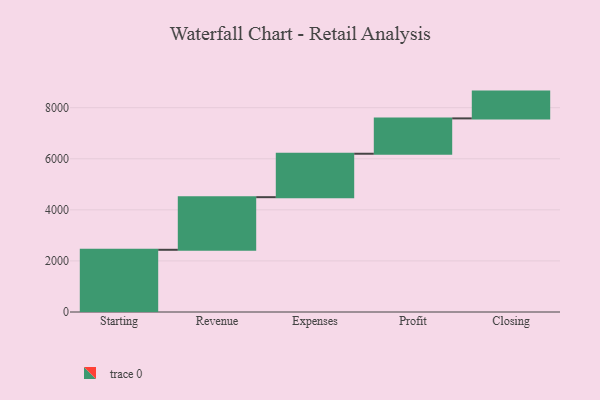
{"axis": {"x": "Step", "y": "Value"}, "legend": [""], "data": [{"x": "Starting", "y": 2436.0, "type": ""}, {"x": "Revenue", "y": 2060.0, "type": ""}, {"x": "Expenses", "y": 1701.0, "type": ""}, {"x": "Profit", "y": 1384.0, "type": ""}, {"x": "Closing", "y": 1049.0, "type": ""}]}